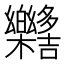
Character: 𣡳